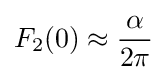
F_{2}(0)\approx {\frac {\alpha }{2\pi }}